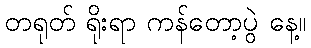
တရုတ် ရိုးရာ ကန်တော့ပွဲ နေ့။